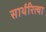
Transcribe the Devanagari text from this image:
सार्थरित्या